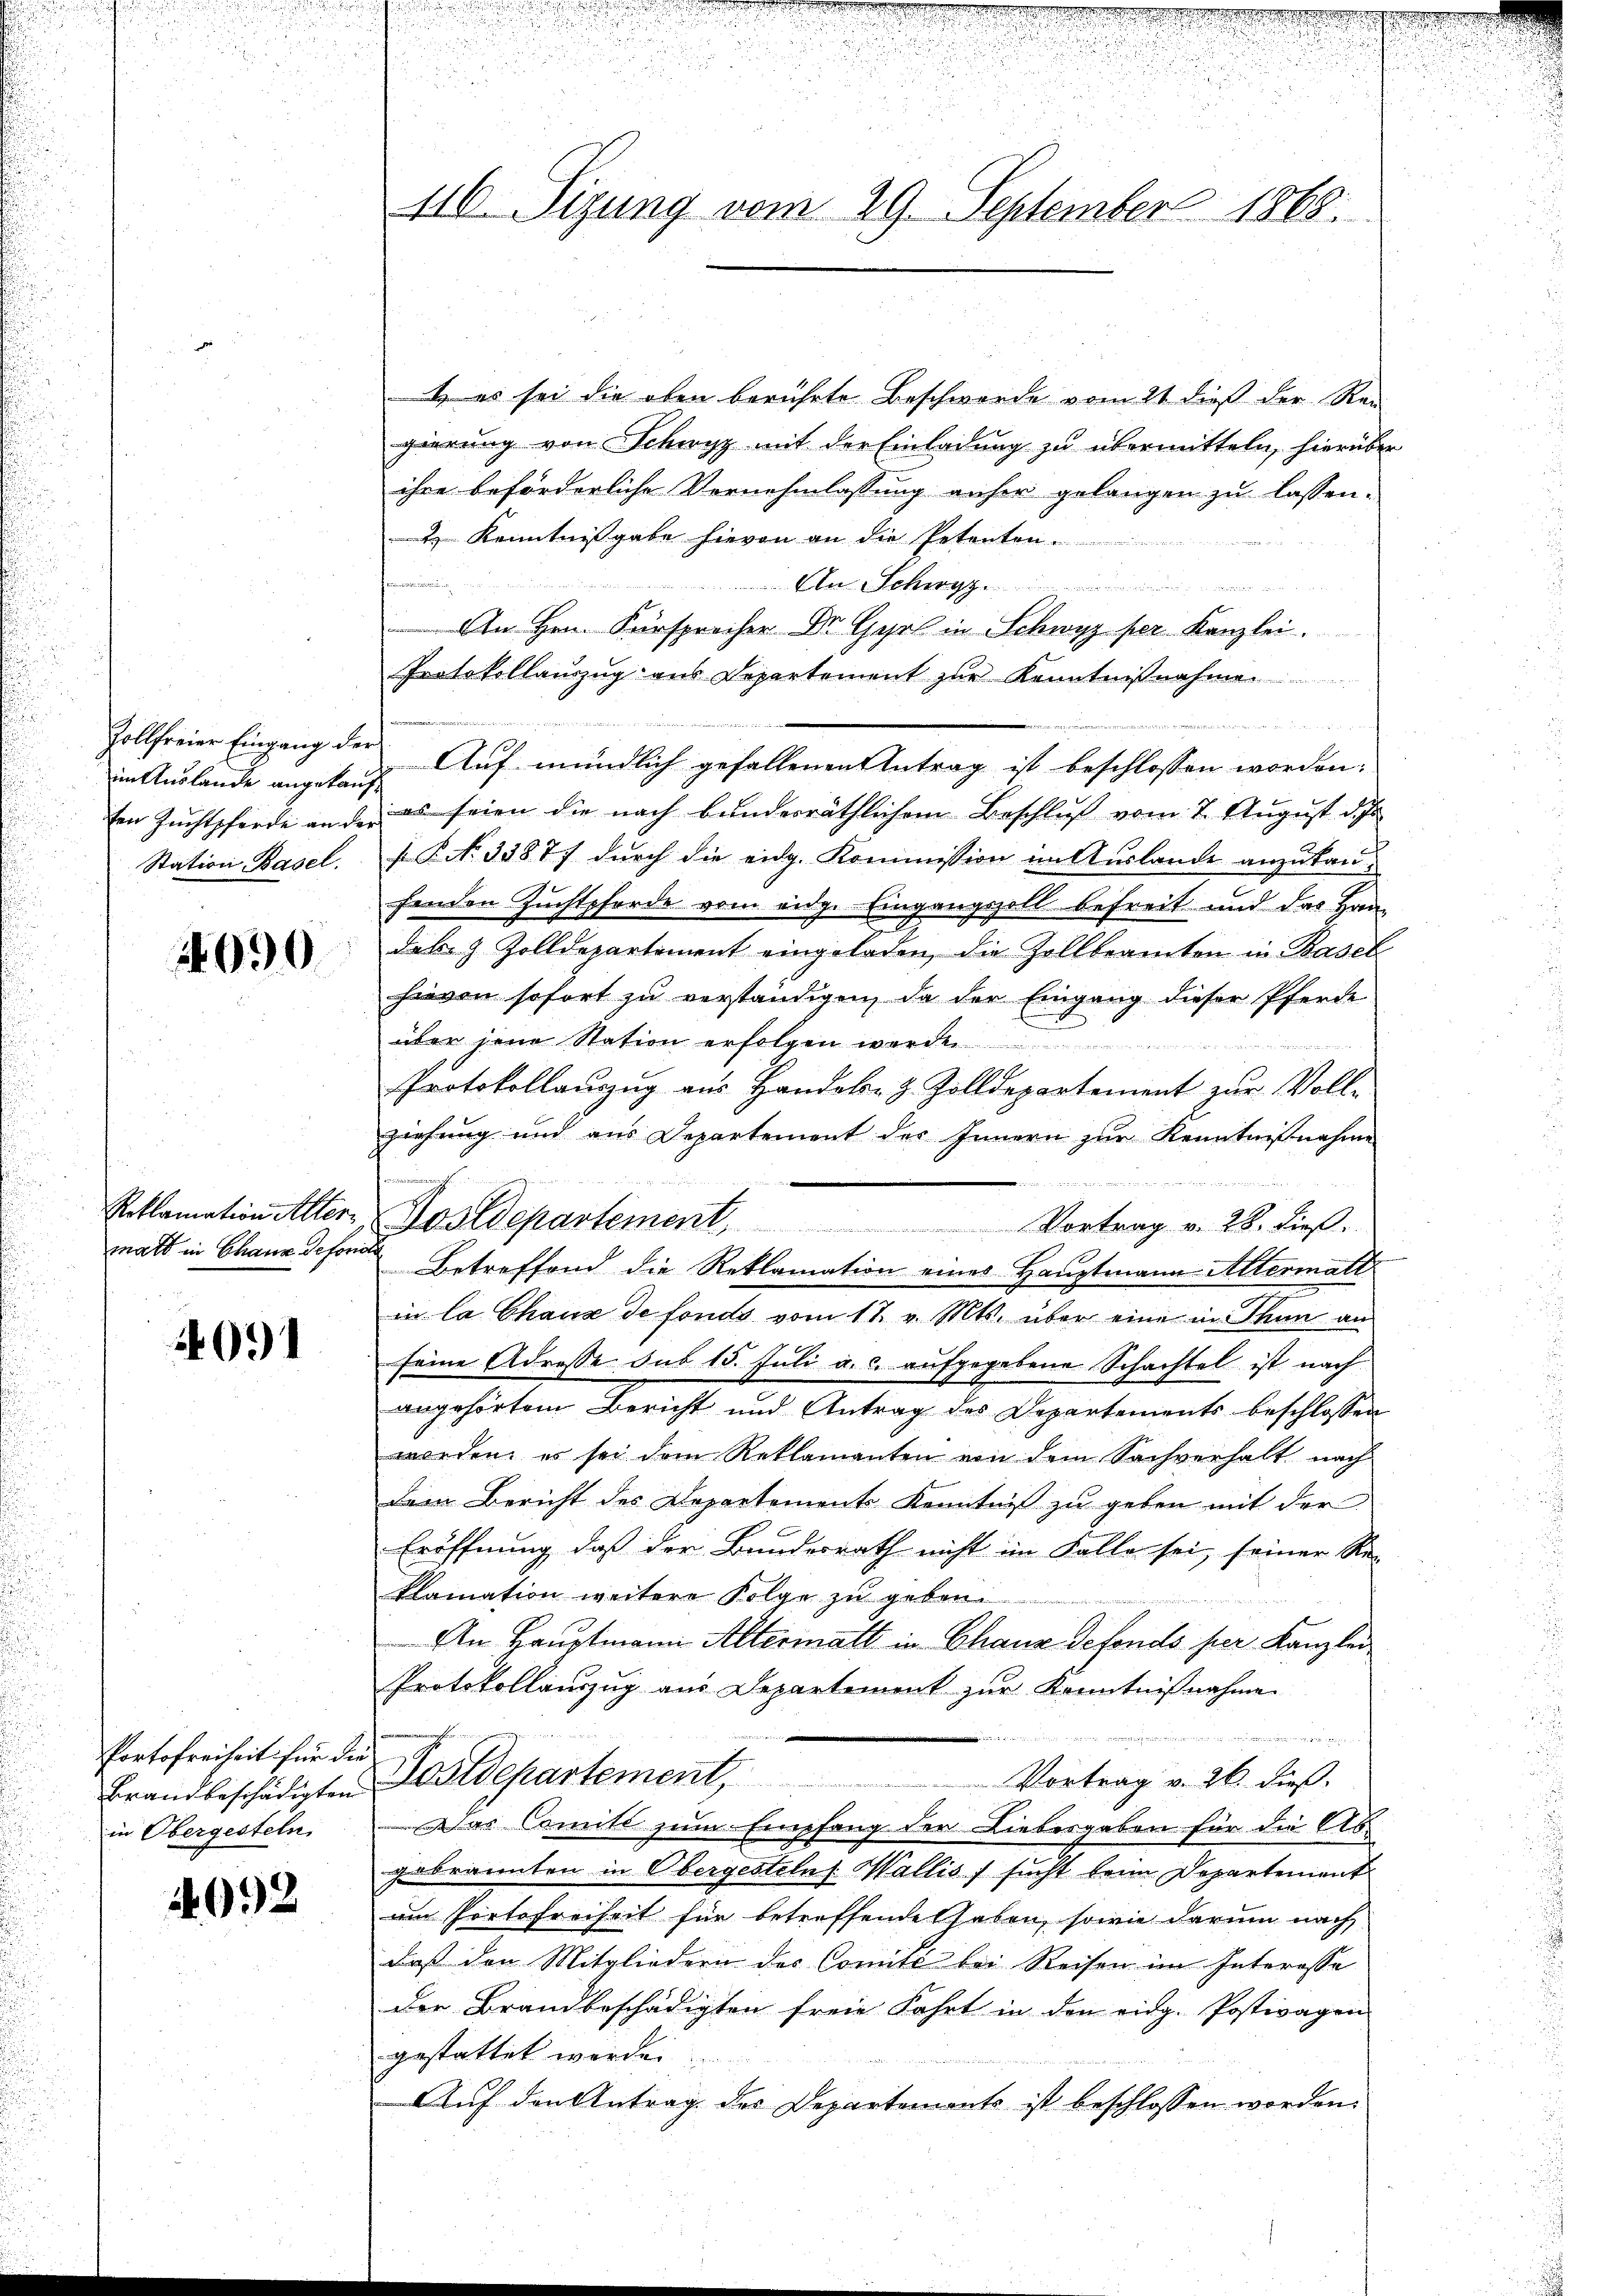
im Auslande angekauft
en Zuchtpferde an der
Station Basel.

1090.

matt in Chaus Refor

091

Portofreiheit für die
in Obergesteln.

4992

1. es sei die oben berührte Beschwerde vom 21 dieß der Rei
gierung von Schwyz mit der Einladung zu übermitteln, hierüber
ihre beförderliche Vernehmlassung anher gelangen zu lassen.
2 Kenntnißgabe hievon an die Petenten.
 An Schwy
An Hrn. Fürsprecher Dr. Gyr in Schwyz per Kanzlei.
Protokollauszug aus Departement zur Kenntnißnahmen.

Zollfreier Eingang der Auf mündlich gefallenen Antrag ist beschlossen worden:
es seien die nach bunderräthlichem Beschluß vom 7. August d. Js
s P. No 33877 durch die eidg. Kommission in Auslande anzukaufenden Zuchtpferde vom eidge Eingangszoll befreit und das Handab & Zolldepartement eingeladen, die Zollbeamten in Basel
hievon sofort zu verständigen, da der Eingang dieser Pferde
über jene Station erfolgen werde
Protokollauszug aus Handole z. Zolldepartement zur Voll-
ziehung und aus Departement des Innern zur Kenntnißnahme
2
Roklamation Alter- & Postdepartement, Vortrag v. 28. dieβ.
in la Chaux de fonds vom 17. v. Mts. über eine in Thun an
seine Adresse sub 15. Juli a. c. aufgegebene Schachtel ist nach
angehörtem Bericht und Antrag des Departements beschlossen
worden, es sei dem Reklamanten von dem Sachverhalt nach
dem Bericht des Departements Kenntniß zu geben mit der
Eröffnung, daß der Bundesrath nicht im Falle sei, seiner Re-
klamation weitere Folge zu geben.
An Hauptmann Altermatt in Chaux defonds per Kanzlei
Protokollauszug aus Departement zur Kenntnißnahme

Vortrag v. 26. dieß.
Brandbeschädigten Lostdepartement,
Das Comite zum Empfang der Liebesgaben für die Abgebrannten in Obergesteln; Wallis, sucht beim Departement
am Portofreiheit für betreffendet haben, sowie darum nach
daß den Mitgliedern der Comité bei Reisen im Interosse
der Brandbeschädigten freie Fahrt in den eidg. Postivagen
gestattet werden.
Auf den Antrag des Departements ist beschlossen worden.

d
u
116. Sizung vom 29. September 1865.

Betreffend die Reklamation eines Hauptmann Altermatt

.